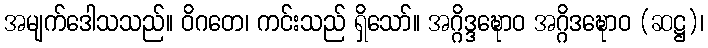
အမျက်ဒေါသသည်။ ဝိဂတေ၊ ကင်းသည် ရှိသော်။ အဂ္ဂိဒ္ဒဍ္ဎောဝ အဂ္ဂိဒဍ္ဎောဝ (ဆဋ္ဌ)၊